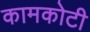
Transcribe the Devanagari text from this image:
कामकोटी